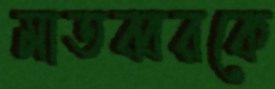
মাতব্বরকে